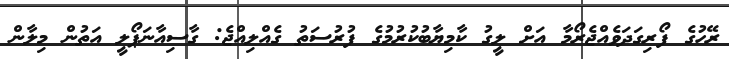
ރޭހުގެ ފޯރިގަދަވެއްޖެރޯމާ އަށް ލީގު ކާމިޔާބުކުރުމުގެ ފުރުސަތު ގެއްލިއްޖެ: ގާސިއާނަޕޯލީ އަތުން މިލާން